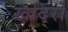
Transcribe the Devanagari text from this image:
खदिरो